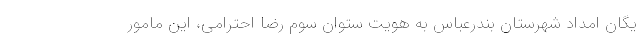
یگان امداد شهرستان بندرعباس به هویت ستوان سوم رضا احترامی، این مامور